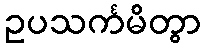
ဥပသင်္ကမိတွာ